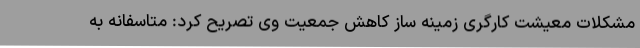
مشکلات معیشت کارگری زمینه ساز کاهش جمعیت وی تصریح کرد: متاسفانه به